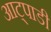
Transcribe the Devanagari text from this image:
आट्पाडी